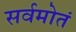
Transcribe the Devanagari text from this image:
सर्वमोतं